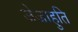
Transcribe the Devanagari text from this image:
जेजाहुति